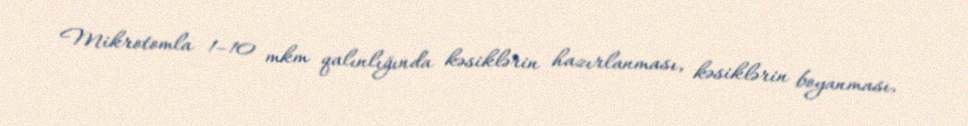
Mikrotomla 1–10 mkm qalınlığında kəsiklərin hazırlanması, kəsiklərin boyanması,